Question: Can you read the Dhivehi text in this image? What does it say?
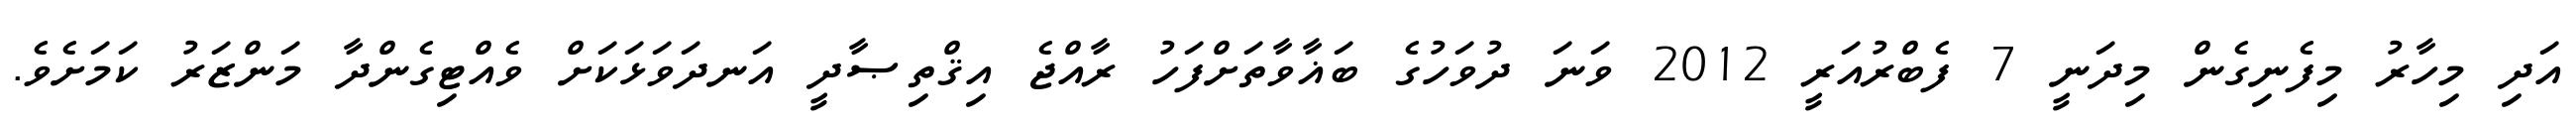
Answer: އަދި މިހާރު މިފެނިގެން މިދަނީ 7 ފެބްރުއަރީ 2012 ވަނަ ދުވަހުގެ ބަޣާވާތަށްފަހު ރާއްޖެ އިޤްތިޞާދީ އަނދަވަޅަކަށް ވެއްޓިގެންދާ މަންޒަރު ކަމަށެވެ.